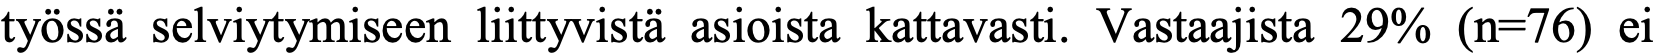
työssä selviytymiseen liittyvistä asioista kattavasti. Vastaajista 29% (n=76) ei